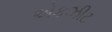
એકઝીટ